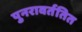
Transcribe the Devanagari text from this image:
पुनरावर्ततित